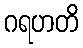
ဂရဟတိ